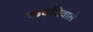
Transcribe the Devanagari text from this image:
वडकशिवाले